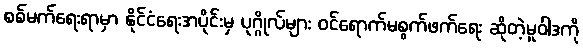
စစ်မက်ရေးရာမှာ နိုင်ငံရေးအပိုင်းမှ ပုဂ္ဂိုလ်များ ဝင်ရောက်မစွက်ဖက်ရေး ဆိုတဲ့မူဝါဒကို